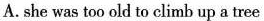
A. she was too old to climb up a tree